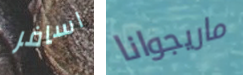
اسافر ماريجوانا